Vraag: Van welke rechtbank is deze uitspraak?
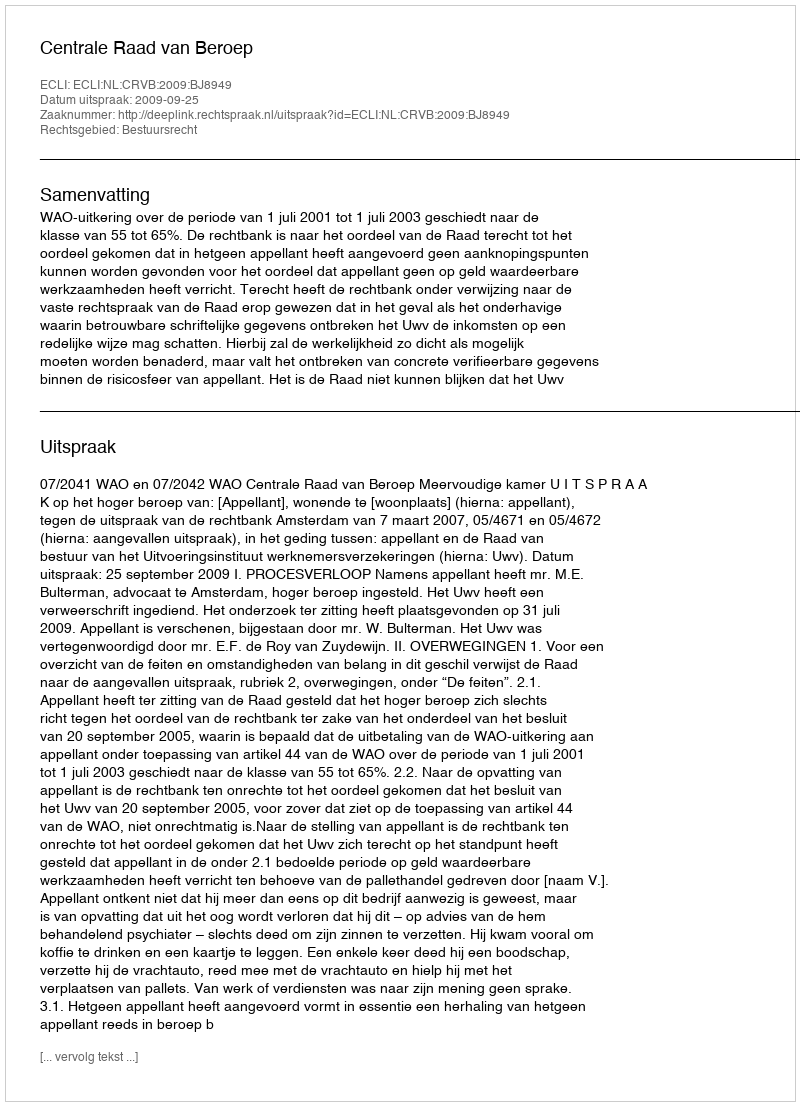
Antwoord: Centrale Raad van Beroep